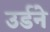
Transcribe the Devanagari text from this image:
उर्डने